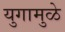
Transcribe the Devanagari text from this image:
युगामुळे